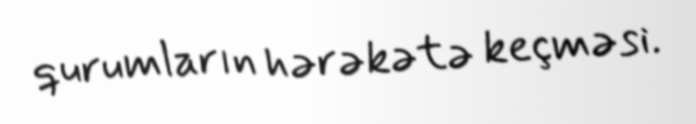
qurumların hərəkətə keçməsi.